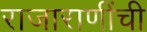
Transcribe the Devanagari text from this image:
राजाराणींची